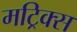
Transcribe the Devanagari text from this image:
मट्रिक्स